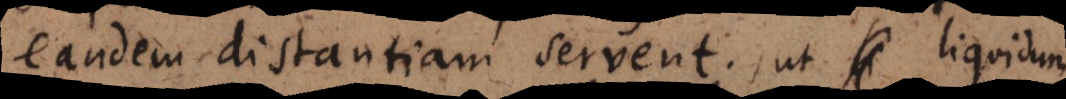
eandem distantiam servent; ut liquidum